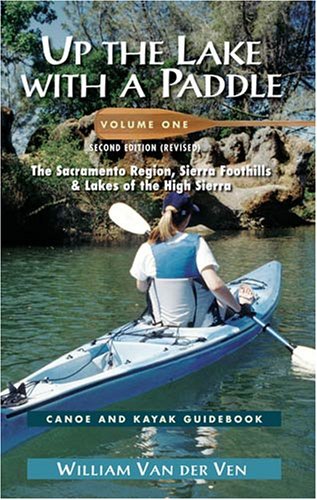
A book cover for Up the Lake With a Paddle Vol. 1: Canoe and Kayak Guide : The Sacramento Region, Sierra Foothills, & Lakes of the High Sierra; William Van Der Ven; Travel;